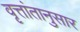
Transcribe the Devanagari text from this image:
वृत्तांतानुसार